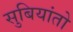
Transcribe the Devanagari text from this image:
सुबियांतो